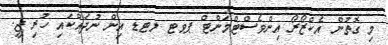
މި ގޮތުން އެކްޒޯރޯ އިންވެސްޓްމަންޓް ޕވޓ ލޓޑ އިން ނުދައްކައި ހުރި ޖީ.